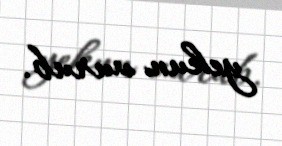
yekun vurub.